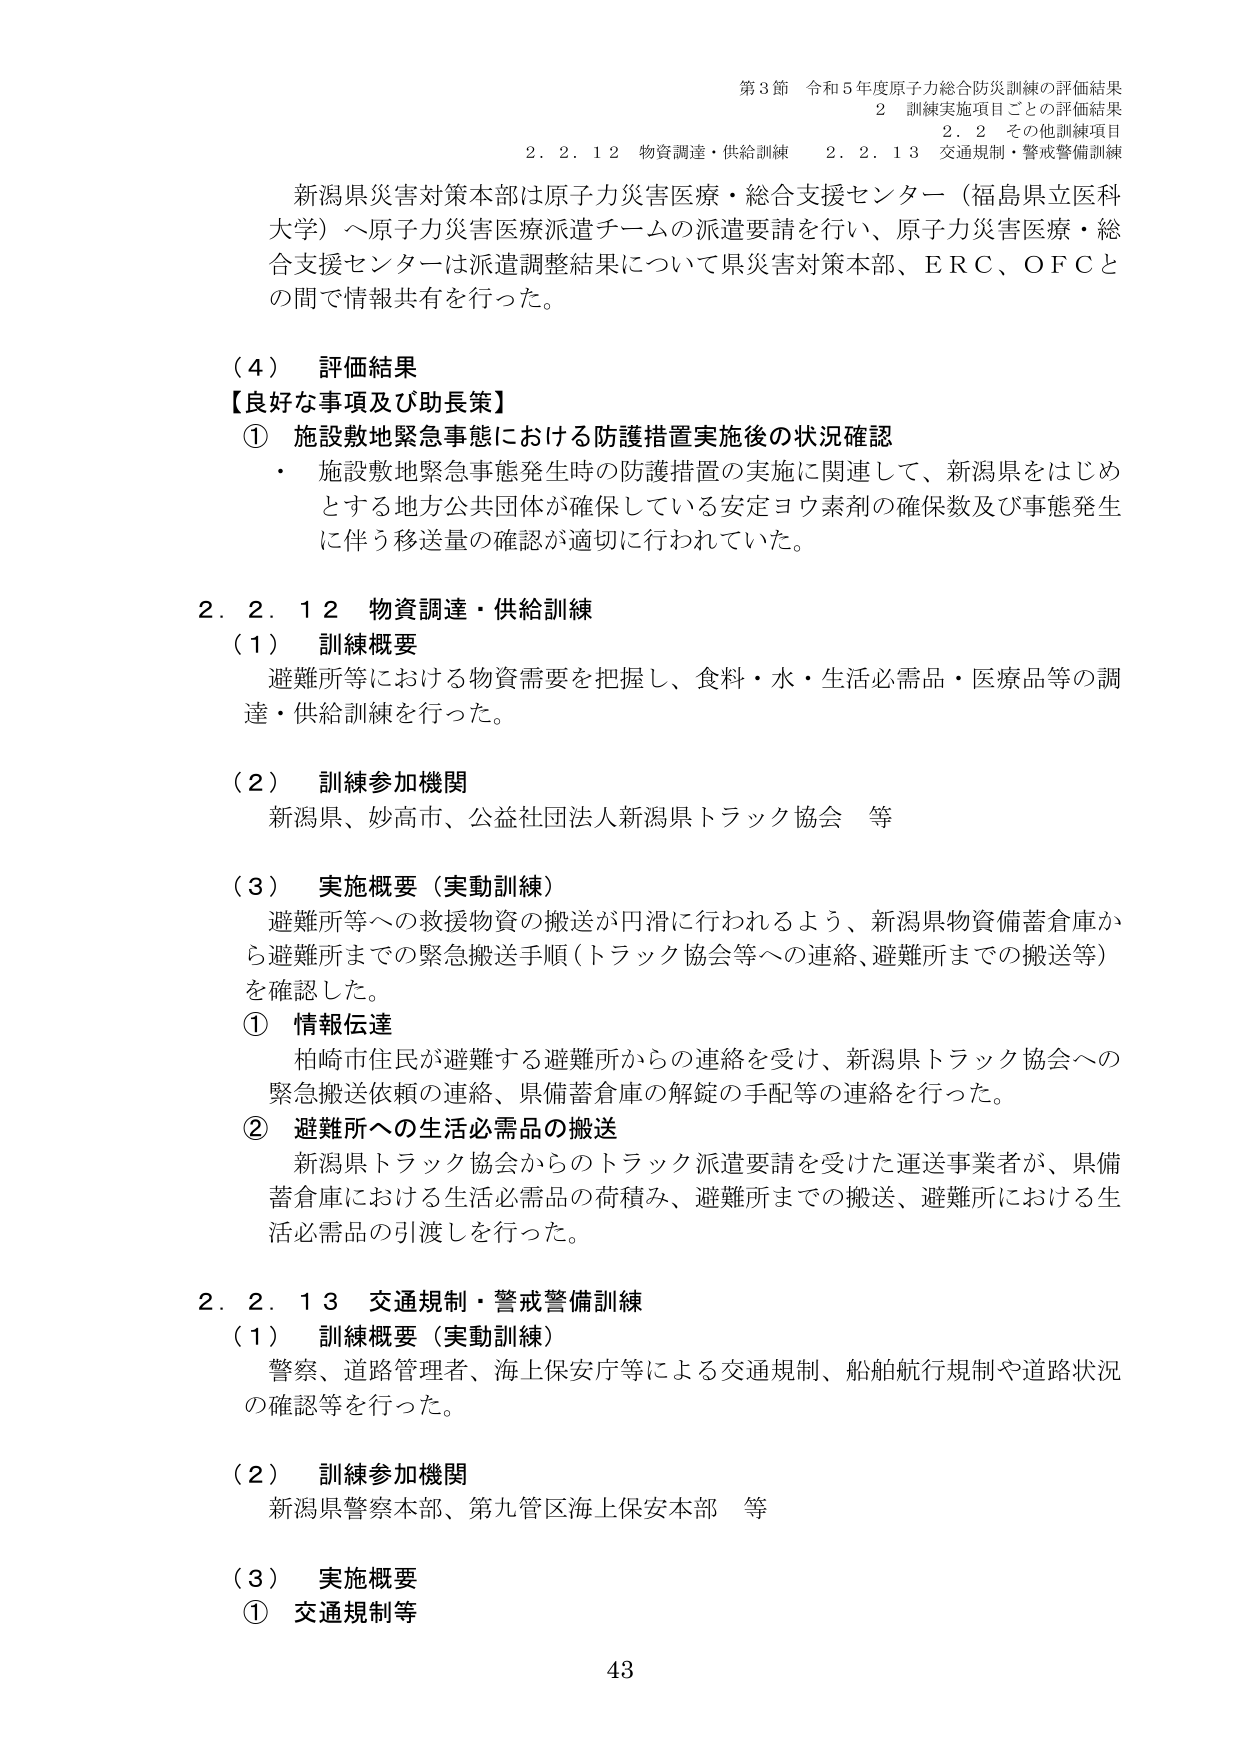
第3節 令和5年度原子力総合防災訓練の評価結果
2 訓練実施項目ごとの評価結果
2.2 その他訓練項目
2.2.12 物資調達・供給訓練 2.2.13 交通規制・警戒警備訓練

新潟県災害対策本部は原子力災害医療・総合支援センター（福島県立医科大学）へ原子力災害医療派遣チームの派遣要請を行い、原子力災害医療・総合支援センターは派遣調整結果について県災害対策本部、ERC、OFCとの間で情報共有を行った。

（4） 評価結果
【良好な事項及び助長策】
① 施設敷地緊急事態における防護措置実施後の状況確認
・ 施設敷地緊急事態発生時の防護措置の実施に関連して、新潟県をはじめとする地方公共団体が確保している安定ヨウ素剤の確保数及び事態発生に伴う移送量の確認が適切に行われていた。

2.2.12 物資調達・供給訓練
（1） 訓練概要
避難所等における物資需要を把握し、食料・水・生活必需品・医療品等の調達・供給訓練を行った。

（2） 訓練参加機関
新潟県、妙高市、公益社団法人新潟県トラック協会 等

（3） 実施概要（実動訓練）
避難所等への救援物資の搬送が円滑に行われるよう、新潟県物資備蓄倉庫から避難所までの緊急搬送手順（トラック協会等への連絡、避難所までの搬送等）を確認した。
① 情報伝達
柏崎市住民が避難する避難所からの連絡を受け、新潟県トラック協会への緊急搬送依頼の連絡、県備蓄倉庫の解錠の手配等の連絡を行った。
② 避難所への生活必需品の搬送
新潟県トラック協会からのトラック派遣要請を受けた運送事業者が、県備蓄倉庫における生活必需品の荷積み、避難所までの搬送、避難所における生活必需品の引渡しを行った。

2.2.13 交通規制・警戒警備訓練
（1） 訓練概要（実動訓練）
警察、道路管理者、海上保安庁等による交通規制、船舶航行規制や道路状況の確認等を行った。

（2） 訓練参加機関
新潟県警察本部、第九管区海上保安本部 等

（3） 実施概要
① 交通規制等

43